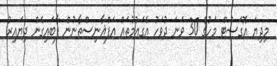
މިދިޔަ އޮގަސްޓް މަހުގެ 30 ވަނަ ދުވަހު އެގައުމުތައް އަފްޣާނިސްތާނުން ފާބައިގެން ދިޔައިރު